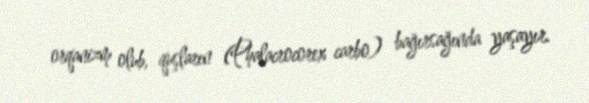
orqanizm olub, quşların (Phalacrocorex carbo) bağırsağında yaşayır.